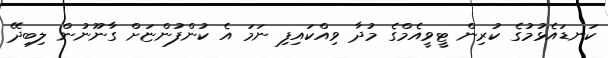
ކަނޑައެޅުމުގެ ކުރިން ޓީވީއެމްގެ މުދާ ވިއްކައިފި ނަމަ އެ ކުންފުންޏަށް ގާނޫނުން ލިބިދޭ